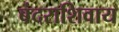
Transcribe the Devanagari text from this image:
बंदराशिवाय